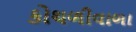
કોથળીવાળા